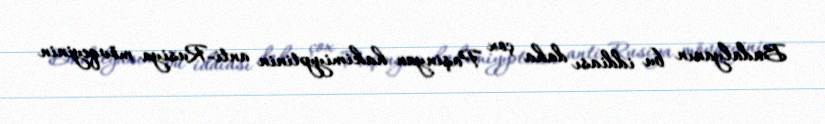
Badalyanın bu iddiası daha çox Paşinyan hakimiyyətinin anti-Rusiya mövqeyinin